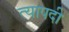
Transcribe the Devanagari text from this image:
त्यापदी